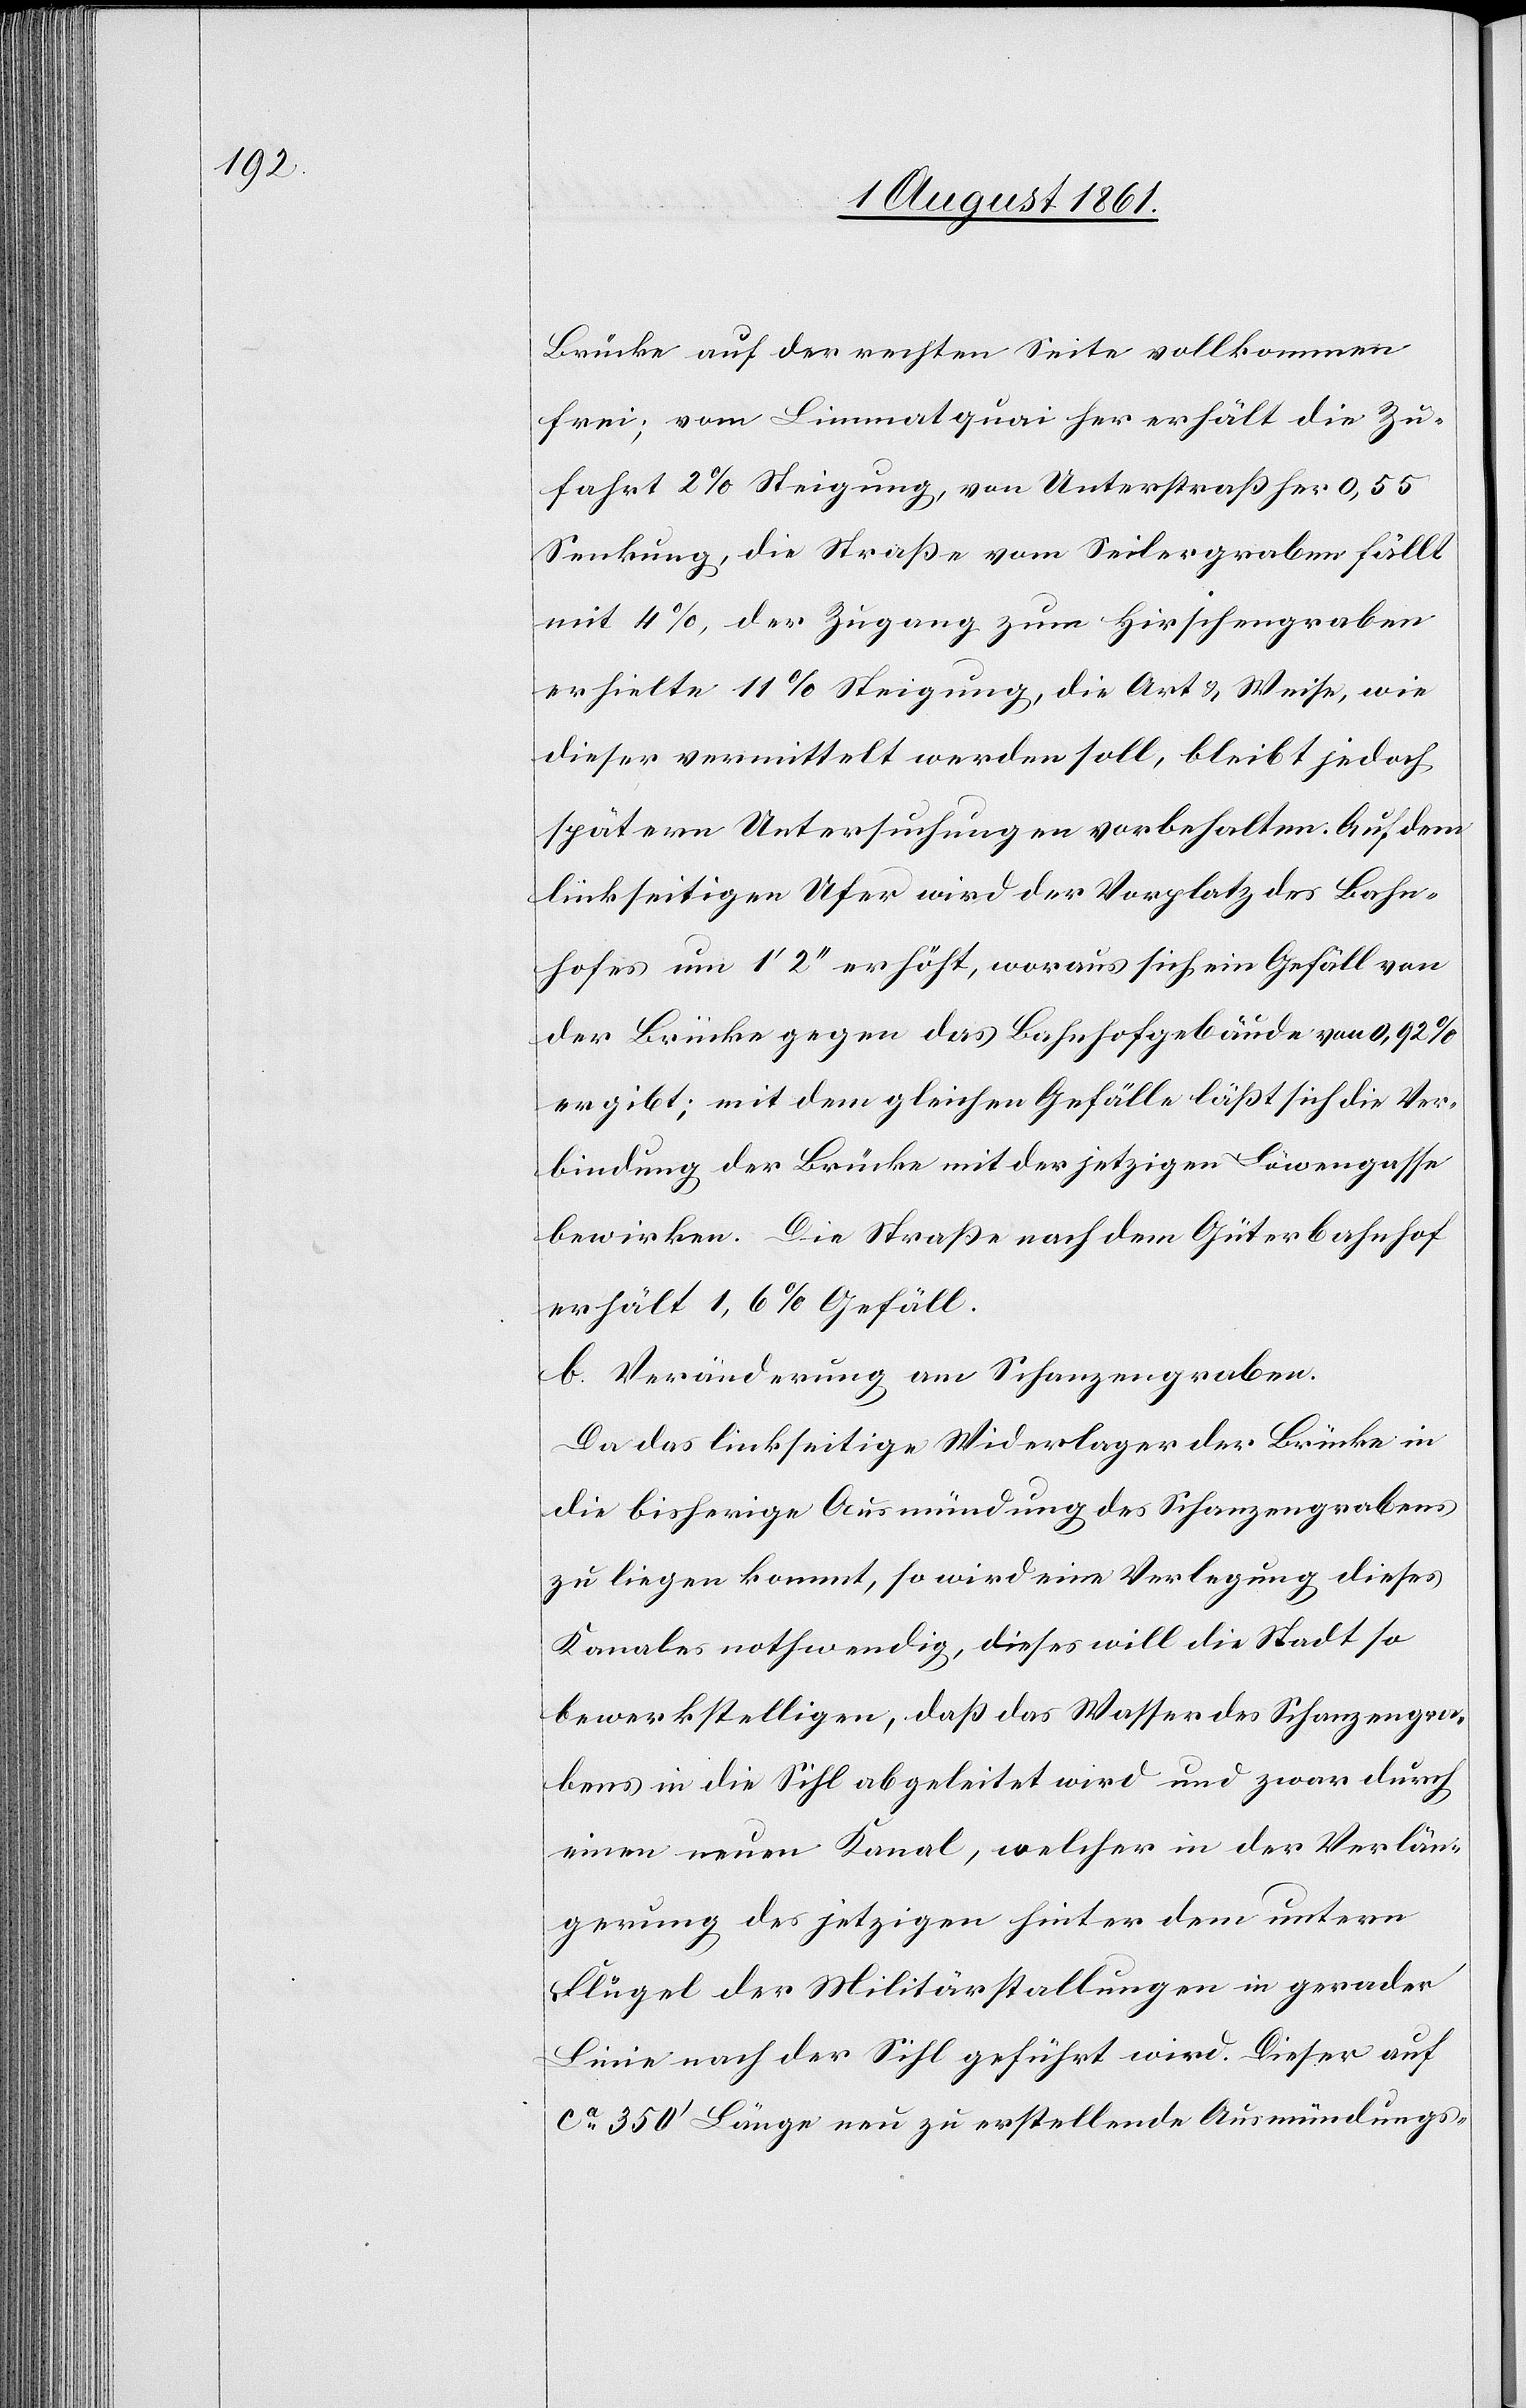
Brücke auf der rechten Seite vollkommen
frei; vom Limmatquai her erhält die Zu¬
fahrt 2% Steigung, von Unterstraß her 0,55
Senkung, die Straße vom Seilergraben fällt
mit 4%, der Zugang zum Hirschengraben
erhielte 11% Steigung, die Art u. Weise, wie
dieser vermittelt werden soll, bleibt jedoch
spätern Untersuchungen vorbehalten. Auf dem
linkseitigen Ufer wird der Vorplatz des Bahn¬
hofes um 1’ 2’’ erhöht, woraus sich ein Gefäll von
der Brücke gegen das Bahnhofgebäude von 0,92%
ergibt; mit dem gleichen Gefälle läßt sich die Ver¬
bindung der Brücke mit der jetzigen Löwengasse
bewirken. Die Straße nach dem Güterbahnhof
erhält 1,6% Gefäll.
b. Veränderung am Schanzengraben.
Da das linkseitige Widerlager der Brücke in
die bisherige Ausmündung des Schanzengrabens
zu liegen kommt, so wird eine Verlegung dieses
Kanales nothwendig, dieses will die Stadt so
bewerkstelligen, daß das Wasser des Schanzengra¬
bens in die Sihl abgeleitet wird und zwar durch
einen neuen Kanal, welcher in der Verlän¬
gerung des jetzigen hinter dem untern
Flügel der Militärstallungen in gerader
Linie nach der Sihl geführt wird. Dieser auf
ca 350’ Länge neu zu erstellende Ausmündungs-